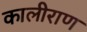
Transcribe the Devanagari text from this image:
कालीराण